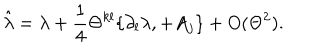
\hat { \lambda } = \lambda + { \frac { 1 } { 4 } } \Theta ^ { k l } \{ \partial _ { l } \lambda , + A _ { j } \} + O ( \Theta ^ { 2 } ) .